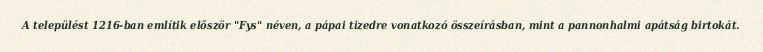
A települést 1216-ban említik először "Fys" néven, a pápai tizedre vonatkozó összeírásban, mint a pannonhalmi apátság birtokát.